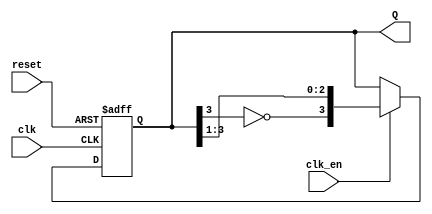
module JohnsonCounter #(
    parameter N = 4  // You can change the parameter N to set the counter size
)(
    input wire clk,       // Clock input
    input wire reset,     // Asynchronous reset
    input wire clk_en,    // Clock enable (optional)
    output reg [N-1:0] Q  // Output of the counter
);

// Internal signals
wire inverted_last;

// Invert the last flip-flop output
assign inverted_last = ~Q[N-1];

// Always block for the Johnson counter
always @(posedge clk or posedge reset) begin
    if (reset) begin
        Q <= 0;  // Reset all flip-flops to 0
    end else if (clk_en) begin
        // Shift the values and feed the inverted last flip-flop to the first
        Q <= {inverted_last, Q[N-1:1]};
    end
end

endmodule